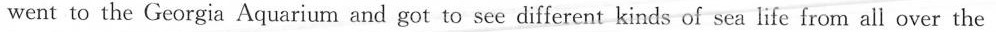
went to the Georgia Aquarium and got to see different kinds of sea life from all over the